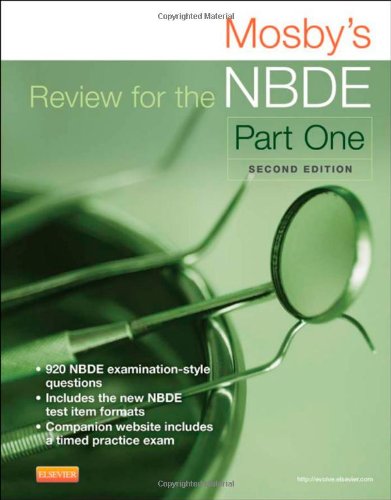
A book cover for Mosby's Review for the NBDE Part I, 2e; Mosby; Medical Books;